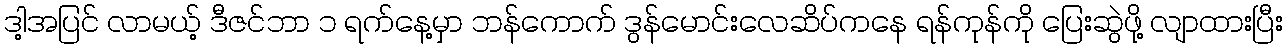
ဒါ့အပြင် လာမယ့် ဒီဇင်ဘာ ၁ ရက်နေ့မှာ ဘန်ကောက် ဒွန်မောင်းလေဆိပ်ကနေ ရန်ကုန်ကို ပြေးဆွဲဖို့ လျာထားပြီး